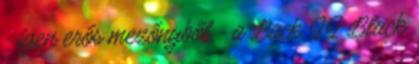
- igen erős mezőnyből - a Back II Black